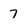
Character: 7